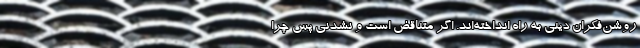
روشن‌فکران دینی به راه انداخته‌اند. اگر متناقض است و نشدنی پس چرا